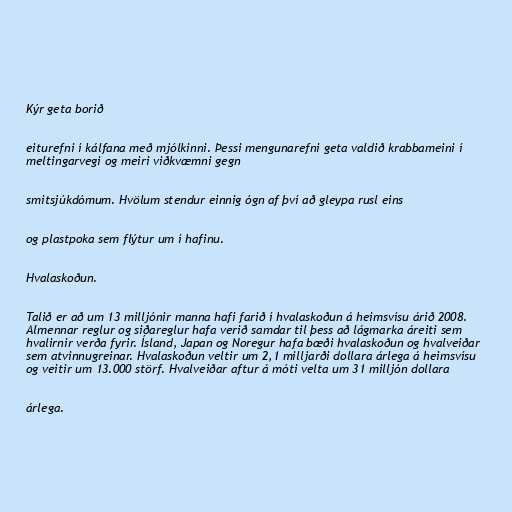
Kýr geta borið

eiturefni í kálfana með mjólkinni. Þessi mengunarefni geta valdið krabbameini í
meltingarvegi og meiri viðkvæmni gegn

smitsjúkdómum. Hvölum stendur einnig ógn af því að gleypa rusl eins

og plastpoka sem flýtur um í hafinu.

Hvalaskoðun.

Talið er að um 13 milljónir manna hafi farið í hvalaskoðun á heimsvísu árið 2008.
Almennar reglur og siðareglur hafa verið samdar til þess að lágmarka áreiti sem
hvalirnir verða fyrir. Ísland, Japan og Noregur hafa bæði hvalaskoðun og hvalveiðar
sem atvinnugreinar. Hvalaskoðun veltir um 2,1 milljarði dollara árlega á heimsvísu
og veitir um 13.000 störf. Hvalveiðar aftur á móti velta um 31 milljón dollara

árlega.